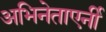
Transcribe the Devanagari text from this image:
अभिनेताएर्नी